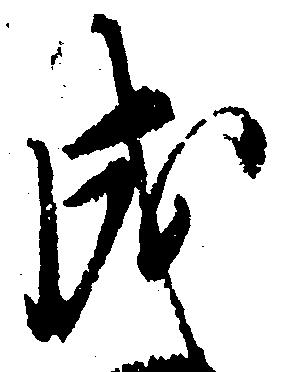
成